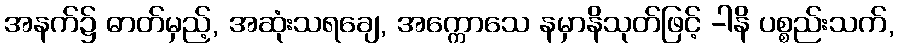
အနက်၌ ဓာတ်မှည့်, အဆုံးသရချေ, အက္ကောသေ နမှာနိသုတ်ဖြင့် -ါနိ ပစ္စည်းသက်,